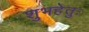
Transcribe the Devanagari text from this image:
शुभहेतुः